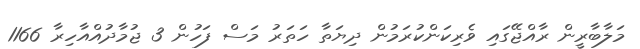
މަލާބާރީން ރާއްޖޭގައި ވެރިކަންކުރަމުން ދިޔަތާ ހަތަރު މަސް ފަހުން 3 ޖުމާދުއްއާހިރާ 1166